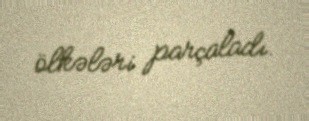
ölkələri parçaladı.